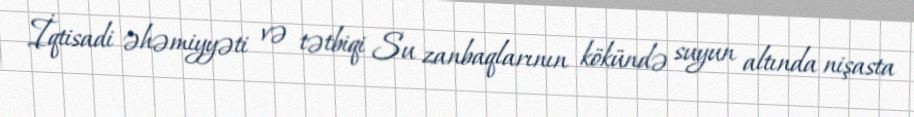
İqtisadi əhəmiyyəti və tətbiqi Su zanbaqlarının kökündə suyun altında nişasta